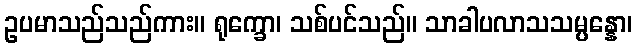
ဥပမာသည်သည်ကား။ ရုက္ခော၊ သစ်ပင်သည်။ သာခါပလာသသမ္ပန္နော၊